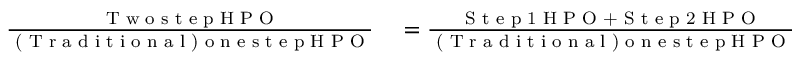
\begin{array} { r l } { \frac { \textup { T w o s t e p H P O } } { \textup { ( T r a d i t i o n a l ) o n e s t e p H P O } } } & { { } = \frac { \textup { S t e p 1 H P O + S t e p 2 H P O } } { \textup { ( T r a d i t i o n a l ) o n e s t e p H P O } } } \end{array}